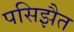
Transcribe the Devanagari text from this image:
पसिझैत